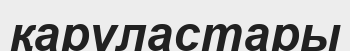
қаруластары